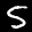
Label: 5